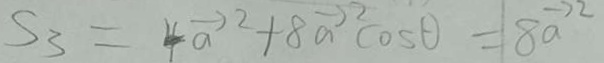
S _ { 3 } = 4 \overrightarrow { a } ^ { 2 } + 8 \overrightarrow { a } ^ { 2 } \cos \theta = 8 \overrightarrow { a } ^ { 2 }